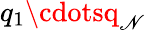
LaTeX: q_{1}\cdotsq_{\mathscr{N}}